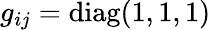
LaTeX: g_{ij}=\mathrm{diag}(1,1,1)